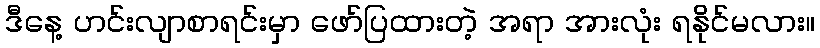
ဒီနေ့ ဟင်းလျာစာရင်းမှာ ဖော်ပြထားတဲ့ အရာ အားလုံး ရနိုင်မလား။